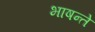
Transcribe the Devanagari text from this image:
भाषन्ते